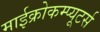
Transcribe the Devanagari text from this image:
माईक्रोकम्प्यूटर्स